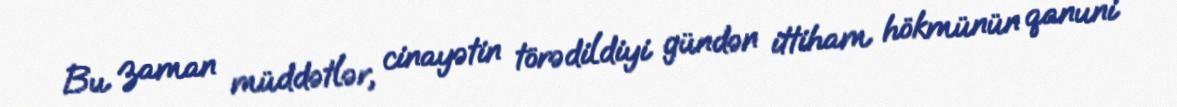
Bu zaman müddətlər, cinayətin törədildiyi gündən ittiham hökmünün qanuni